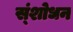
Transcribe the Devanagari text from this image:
स्ंशोधन